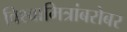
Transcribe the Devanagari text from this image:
विश्वामित्रांबरोबर